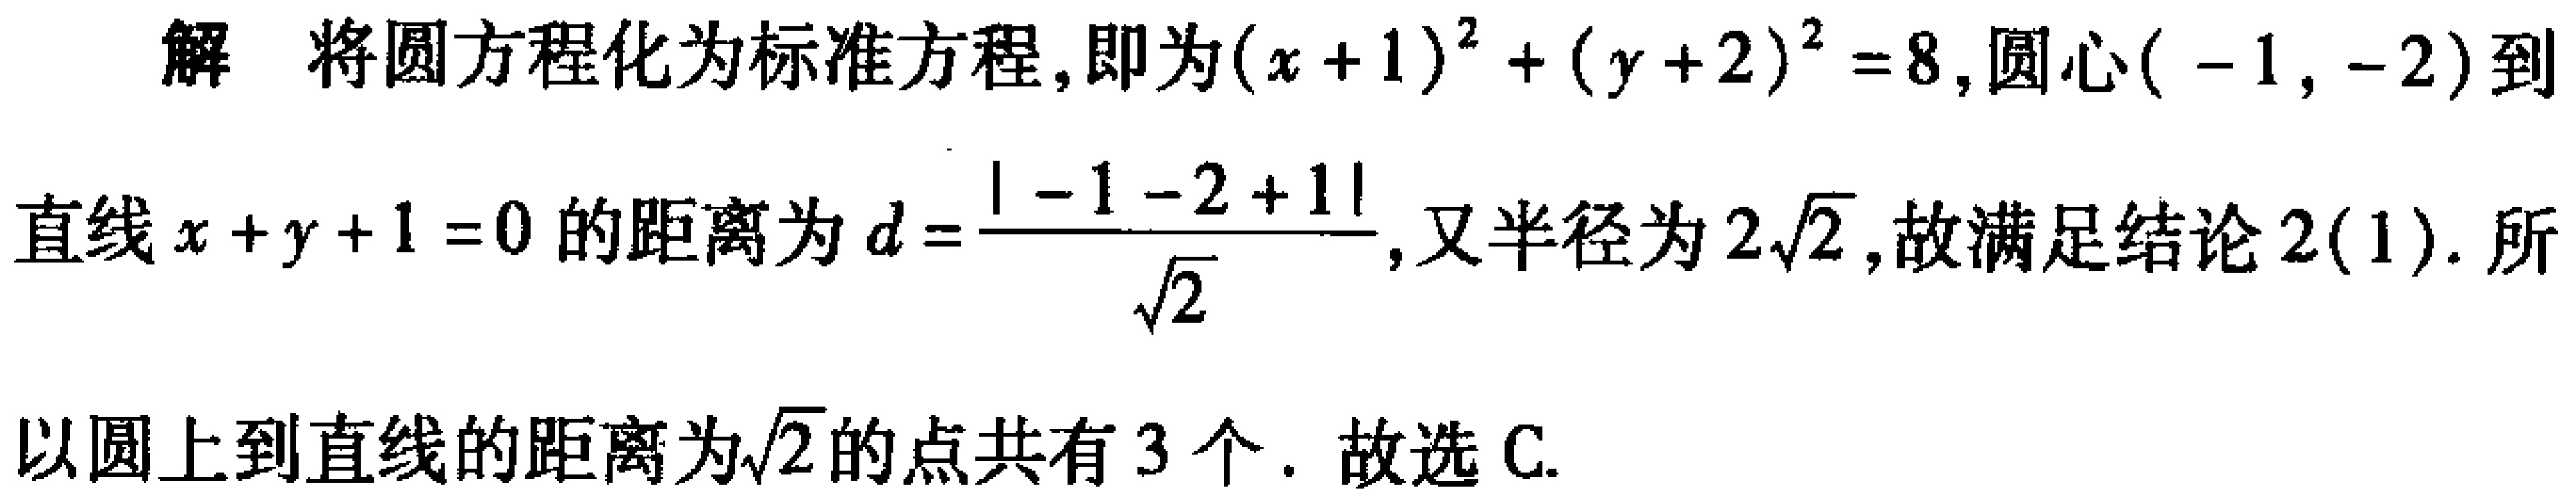
解 将圆方程化为标准方程,即为\((x + 1)^{2}+(y + 2)^{2}=8\),圆心\((-1,-2)\)到
直线\(x + y + 1 = 0\)的距离为\(d=\frac{\vert -1 - 2 + 1\vert}{\sqrt{2}}\),又半径为\(2\sqrt{2}\),故满足结论 \(2(1)\). 所
以圆上到直线的距离为\(\sqrt{2}\)的点共有\(3\)个. 故选C.